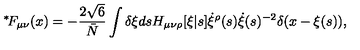
\mathrm { \mathrm { } ^ * \! } F _ { \mu \nu } ( x ) = - \frac { 2 \sqrt { 6 } } { \bar { N } } \int \delta \xi d s H _ { \mu \nu \rho } [ \xi | s ] \dot { \xi } ^ { \rho } ( s ) \dot { \xi } ( s ) ^ { - 2 } \delta ( x - \xi ( s ) ) ,